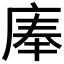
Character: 𰏹